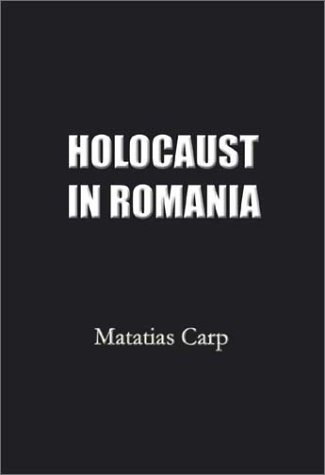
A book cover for Holocaust in Romania: Facts and Documents on the Annihilation of Romania's Jews 1940-1944.; Matatias Carp; History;